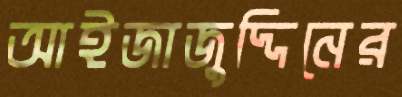
আইজাজুদ্দিনের